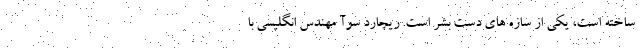
ساخته است، یکی از سازه های دست بشر است. ریچارد سوآ مهندس انگلیسی با